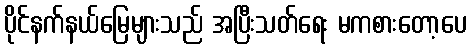
ပိုင်နက်နယ်မြေများသည် အပြီးသတ်ရေး မကစားတော့ပေ